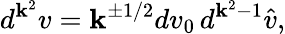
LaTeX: d^{\mathbf{k}^{2}}v=\mathbf{k}^{\pm1/2}dv_{0}\, d^{\mathbf{k}^{2}-1}\hat{{v}},